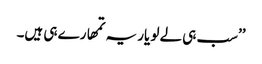
’’سب ہی لے لو یار یہ تمھارے ہی ہیں۔